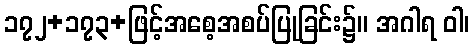
၁၇၂+၁၇၃+ဖြင့်အစေ့အစပ်ပြုခြင်း၌။ အဂါရ ဝါ၊